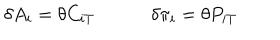
\delta A _ { i } = \theta C _ { i T } \quad \qquad \delta \pi _ { i } = \theta P _ { i T }